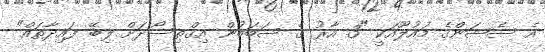
އެ ސެޝަންގެ މައުލޫއަކީ "3 އާރު ގެ ސަބަބުން އިގްތިސޯދަށް ލިބޭ ފައިދާތައް"